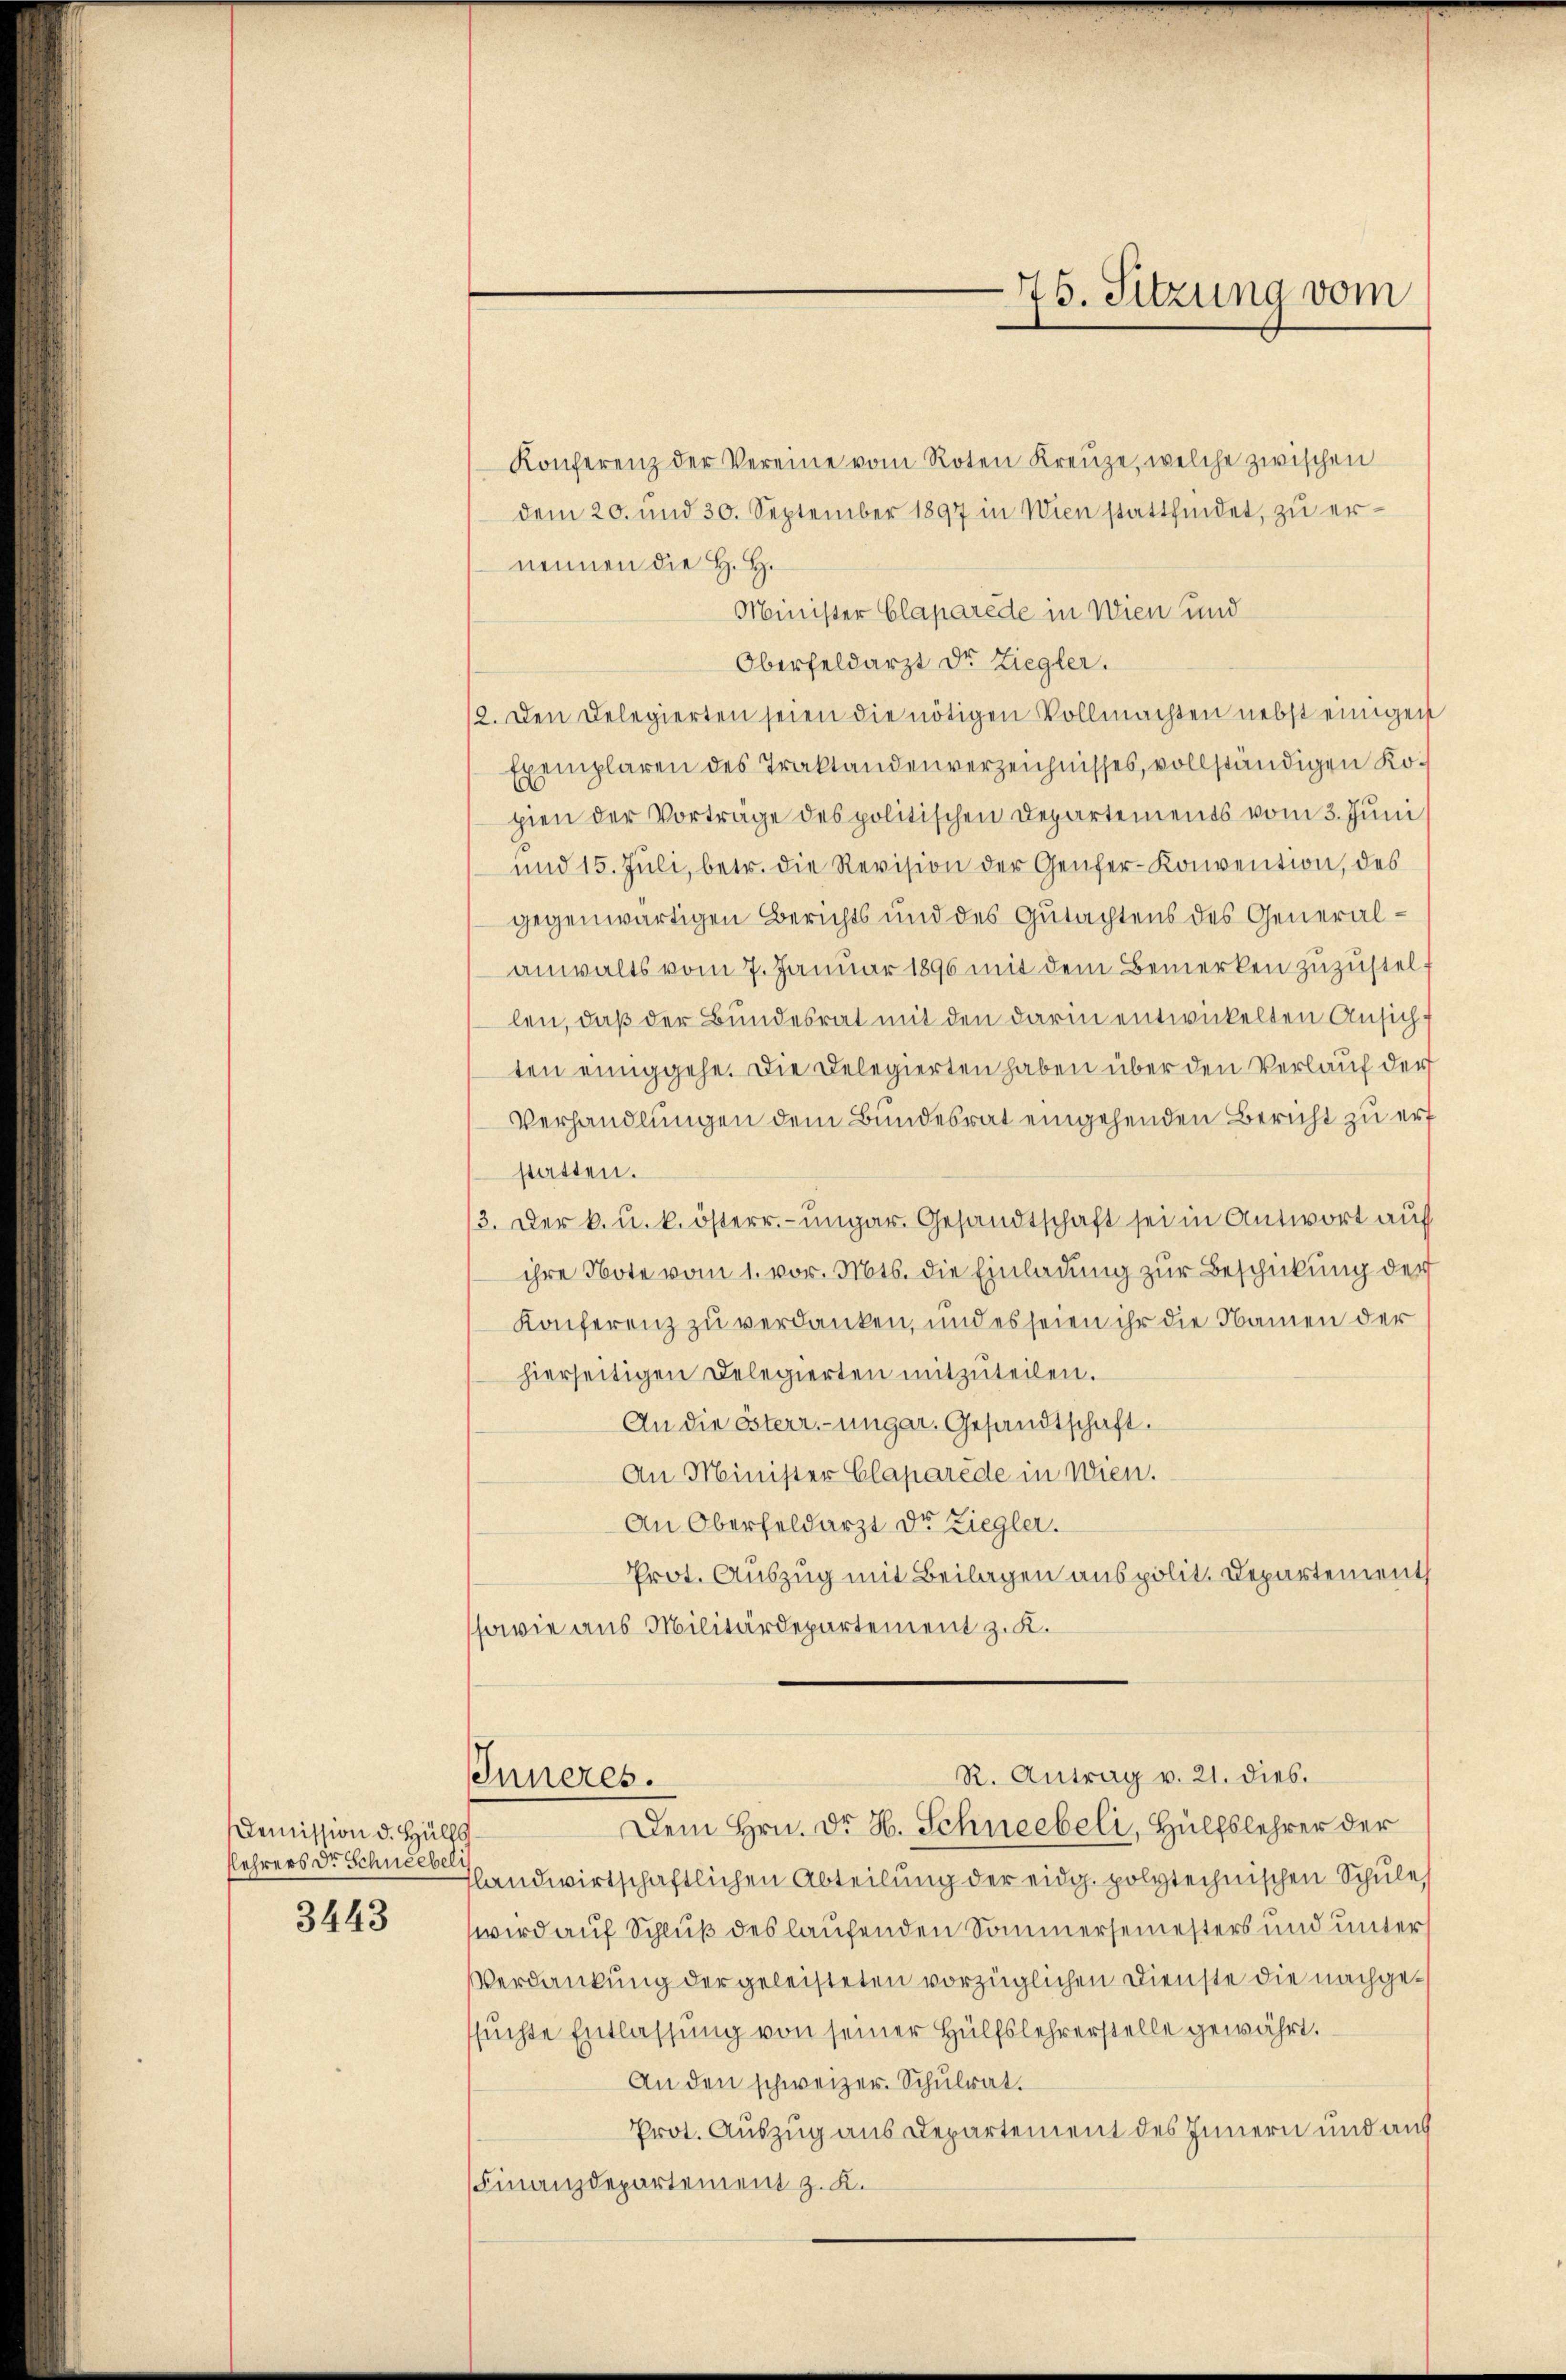
Demission d. Hülfs
lehrers Dr Schneebeli
3443

Konferenz der Vereine vom Roten Kreŭze, welche zwischen
dem 20. und 30. September 1897 in Wien stattfindet, zu ernennen die H. H.
Minister Claparede in Wien und
Oberfeldarzt Dr Ziegler.
2. Den Delegierten seien die nötigen Vollmachten nebst einigen
Exemplaren des Traktandenverzeichnisses, vollständigen Kopien der Vorträge des politischen Departements vom 3. Juni
und 15. Juli, betr. die Revision der Genfer-Konvention, des
gegenwärtigen Berichts und des Gutachtens des Generalanwalts vom 7. Januar 1890 mit dem Bemerken zuzustellen, daß der Bundesrat mit den darin entwickelten Ansich f
ten einiggehe. Die Delegierten haben über den Verlauf der
Verhandlungen dem Bundesrat eingehenden Bericht zu erf
statten.
3. Der k. u. k. österr.-ungar. Gesandtschaft sei in Antwort auf
ihre Note vom 1. vor. Mts. die Einladung zur Beschickung der
Konferenz zu verdanken, und es seien ihr die Namen der
hierseitigen Delegierten mitzŭteilen.
An die österr.-ungar. Gesandtschaft.
An Minister Claparede in Wien.
An Oberfeldarzt Dr Ziegler.
Prot. Auszug mit Beilagen aus polit. Departement
sowie aus Militärdepartement z. K.

76. Sitzung vom

R. Antrag v. 21. dies.
Inneres.
Dem Hrn. Dr. H. Schneebeli, Hülfslehrer der

flandwirtschaftlichen Abteilung der eidg. polytechnischen Schule
wird auf Schluß des laufenden Sommersemesters und unter
Verdankung der geleisteten vorzüglichen Dienste die nachgesuchte Entlassung von seiner Hülfslehrerstelle gewährt.
An den schweizer. Schulrat.
Prot. Auszug aus Departement des Innern und aus
(Finanzdepartement z. K.